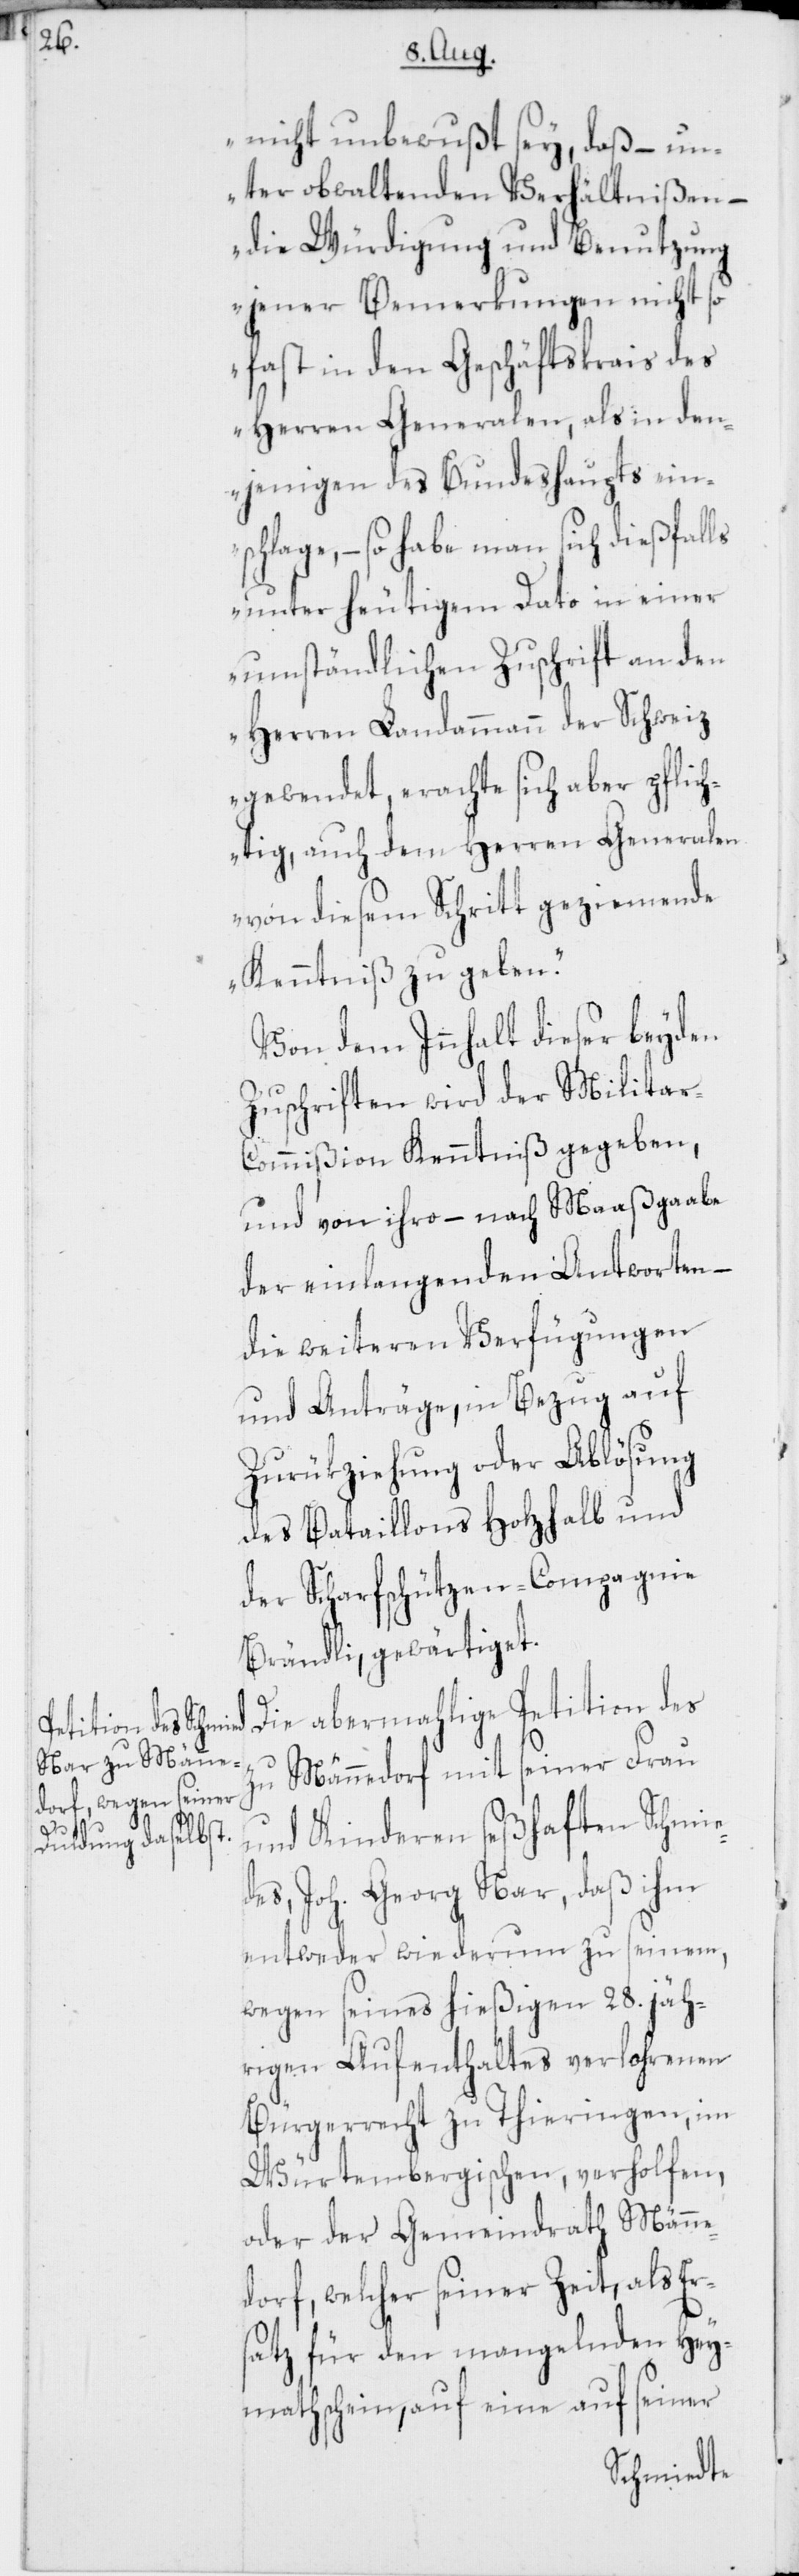
nicht unbewußt sey, daß – un¬
ter obwaltenden Verhältnißen –
die Würdigung und Benutzung
jener Bemerkungen nicht so
fast in den Geschäftskrais des
Herren Generalen, als in den¬
jenigen des Bundeshaupts ein¬
schlage, – so habe man sich dießfalls
unter heutigem Dato in einer
umständlichen Zuschrift an den
Herren Landammann der Schweiz
gewendet, erachte sich aber pflich¬
tig, auch dem Herren Generalen
von diesem Schritt geziemende
Kenntniß zu geben.“
Von dem Innhalt dieser beyden
Zuschriften wird der Milita¬
r-Commißion Kenntniß gegeben,
und von ihro – nach Maaßgaabe
der einlangenden Antworten –
die weiteren Verfügungen
und Anträge, in Bezug auf
Zurükziehung oder Ablösung
des Bataillons Holzhalb und
der Scharfschützen-Compagnie
Brändli, gewärtiget.
Die abermahlige Petition des
zu Männedorf mit seiner Frau
und Kinderen seßhaften Schmie¬
des, Joh. Georg Nar, daß ihm
entweder wiederum zu seinem,
wegen seines hießigen 28. jäh¬
rigen Aufenthaltes verlohrenen
Bürgerrecht zu Thieringen, im
Würtembergischen, verholfen,
oder der Gemeindrath Männe¬
dorf, welcher seiner Zeit, als Er¬
satz für den mangelnden Hey¬
mathschein, auf eine auf seiner